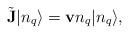
LaTeX: \begin{align*}\tilde{{\bf J}}|n_q\rangle ={\bf v}n_q |n_q\rangle ,\end{align*}